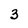
Character: 3